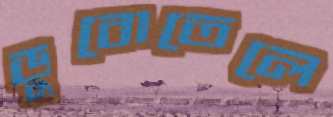
ডুবোতেলে